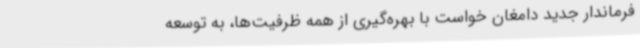
فرماندار جدید دامغان خواست با بهره‌گیری از همه ظرفیت‌ها، به توسعه